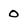
Character: 0